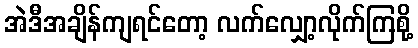
အဲဒီအချိန်ကျရင်တော့ လက်လျှော့လိုက်ကြစို့